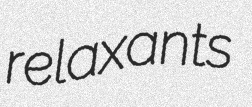
relaxants